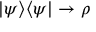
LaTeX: | \psi \rangle \langle \psi | \rightarrow \rho